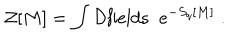
{ \cal Z } [ M ] = \int { \cal D } { \mathrm { f i e l d s } } \; \; e ^ { - S _ { q } [ M ] } \; .